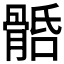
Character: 𩩎